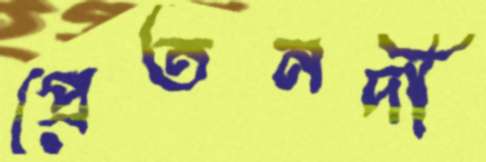
প্রেতনদী